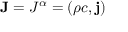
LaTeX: \mathbf { J } = J ^ { \alpha } = ( \rho c , \mathbf { \vec { j } } )